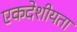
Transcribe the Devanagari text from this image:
एकदेशीयता